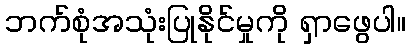
ဘက်စုံအသုံးပြုနိုင်မှုကို ရှာဖွေပါ။